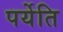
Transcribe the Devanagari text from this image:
पर्येति